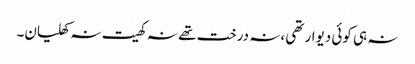
نہ ہی کوئی دیوار تھی ،نہ درخت تھے نہ کھیت نہ کھلیان۔